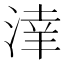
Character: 𣸉